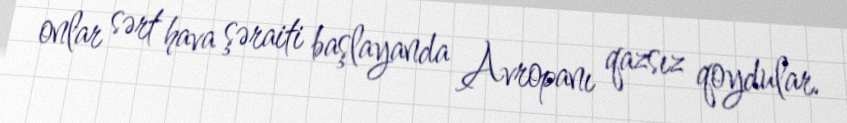
onlar sərt hava şəraiti başlayanda Avropanı qazsız qoydular.